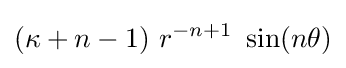
(\kappa +n-1)~r^{-n+1}~\sin(n\theta )